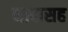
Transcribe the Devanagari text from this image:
नादासह